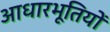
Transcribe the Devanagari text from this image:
आधारभूतियों